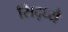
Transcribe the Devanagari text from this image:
सिद्ध्यै